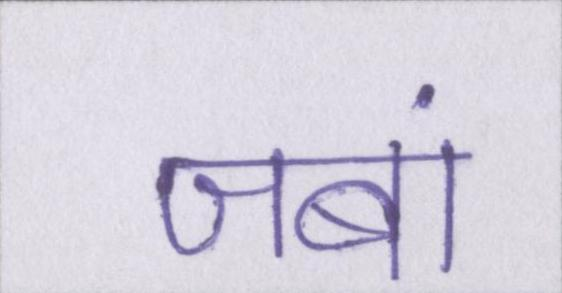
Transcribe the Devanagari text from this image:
जबां